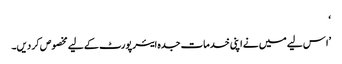
‘
’ا س لیے میں نے اپنی خدمات جدہ ایئرپورٹ کے لیے مخصوص کر دیں۔